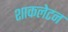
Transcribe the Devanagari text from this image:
शाकलेटन